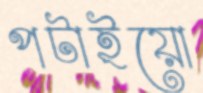
পটাইয়ো